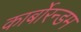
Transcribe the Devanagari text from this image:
कार्बोरन्डम